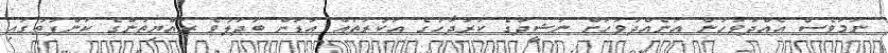
ނަމަވެސް އެއްދުވަހުން އަނެއްދުވަހަށް ނަޝީދުގެ ކަރުދާހުގެ އަކުރުތައް އަޑަށް ބަދަލުވެ ރައްޔިތުންގެ ކަންފަތުގައި